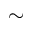
\sim